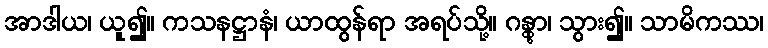
အာဒါယ၊ ယူ၍။ ကသနဋ္ဌာနံ၊ ယာထွန်ရာ အရပ်သို့။ ဂန္တွာ၊ သွား၍။ သာမိကဿ၊